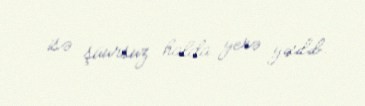
isə şüursuz halda yerə yıxılıb.